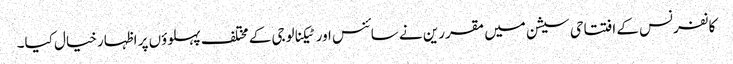
کانفرنس کے افتتاحی سیشن میں مقررین نے سائنس اور ٹیکنالوجی کے مختلف پہلوؤں پر اظہار خیال کیا۔